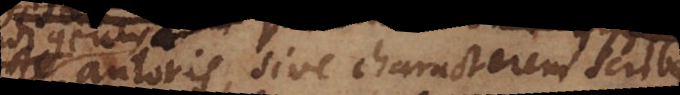
autoris, sive characterem scrib